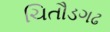
ચિતૌડગઢ